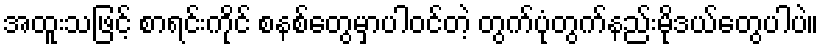
အထူးသဖြင့် စာရင်းကိုင် စနစ်တွေမှာပါဝင်တဲ့ တွက်ပုံတွက်နည်းမိုဒယ်တွေပါပဲ။